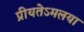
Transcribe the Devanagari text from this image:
प्रीयतेऽमलया